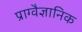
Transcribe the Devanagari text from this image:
प्राग्वैज्ञानिक